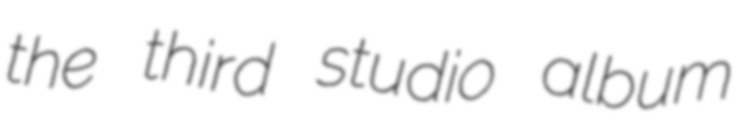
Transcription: the third studio album